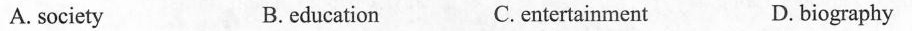
A. society B.education C.entertainment D.biography